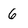
Character: 6